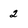
Character: 2